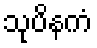
သုပိနကံ